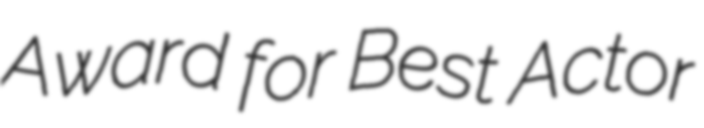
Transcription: Award for Best Actor